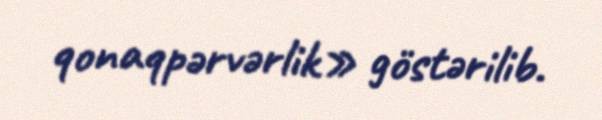
qonaqpərvərlik» göstərilib.